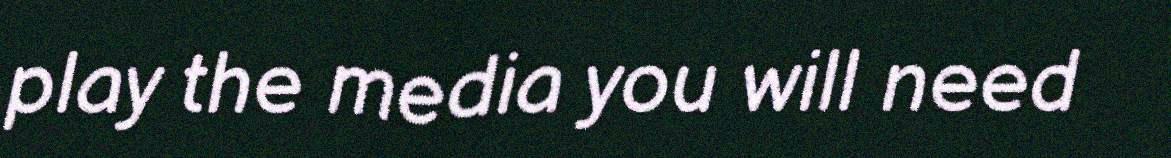
play the media you will need